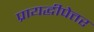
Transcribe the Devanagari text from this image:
प्रायद्धीपेत्तर